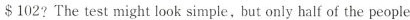
$102? The test might look simple, but only half of the people